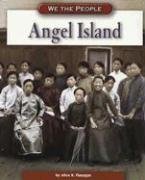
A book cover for Angel Island (We the People: Industrial America); Alice K. Flanagan; Children's Books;